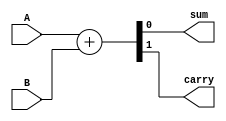
module halfAdderBehavioral(A,B,sum,carry);

	input A,B;
	output reg sum,carry;
	always @(*) begin
		{carry,sum}=A+B;
	end

endmodule